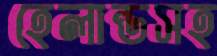
হেলান্ডসহ